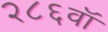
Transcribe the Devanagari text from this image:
२८६वॉ